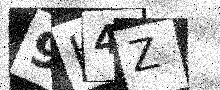
Text: 9H4Z